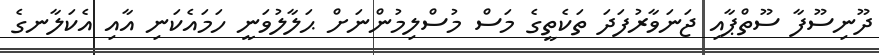
ދޫނިސޫފާ ސޫތްޕާއި ޖަނަވާރުފަދަ ތަކެތީގެ މަސް މުސްލިމުންނަށް ޙަލާލުވަނީ ހަމައެކަނި އާއި އެކަލާނގެ